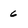
Character: 6